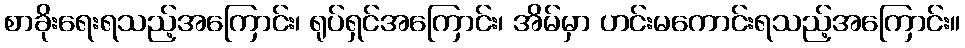
စာခိုးရေးရသည့်အကြောင်း၊ ရုပ်ရှင်အကြောင်း၊ အိမ်မှာ ဟင်းမကောင်းရသည့်အကြောင်း။